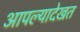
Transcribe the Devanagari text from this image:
आपल्यादेखत